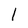
Character: l